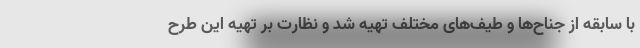
با سابقه از جناح‌ها و طیف‌های مختلف تهیه شد و نظارت بر تهیه این طرح